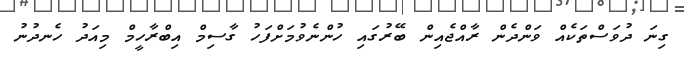
ގިނަ ދުވަސްތަކެއް ވަންދެން ރާއްޖެއިން ބޭރުގައި ހުންނެވުމަށްފަހު ގާސިމް އިބްރާހީމް މިއަދު ހެނދުނު